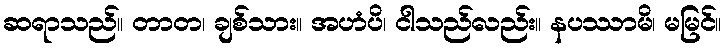
ဆရာသည်။ တာတ၊ ချစ်သား။ အဟံပိ၊ ငါသည်လည်း။ နပဿာမိ၊ မမြင်။